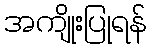
အကျိုးပြုရန်